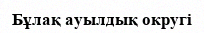
Бұлақ ауылдық округі